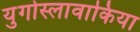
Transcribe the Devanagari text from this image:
युगोस्लावाकिया